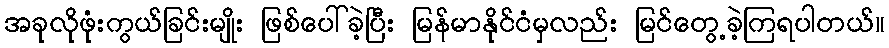
အခုလိုဖုံးကွယ်ခြင်းမျိုး ဖြစ်ပေါ်ခဲ့ပြီး မြန်မာနိုင်ငံမှလည်း မြင်တွေ့ခဲ့ကြရပါတယ်။